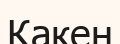
Какен